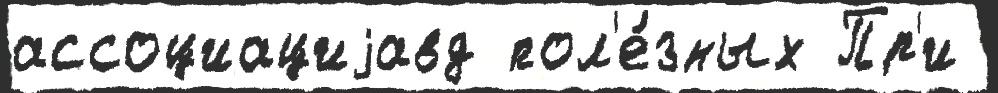
ассоциациjавд пол'е́зных Пр'и